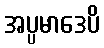
အပ္ပမာဒေပိ